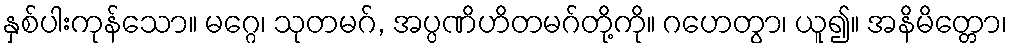
နှစ်ပါးကုန်သော။ မဂ္ဂေ၊ သုတမဂ်, အပ္ပဏိဟိတမဂ်တို့ကို။ ဂဟေတွာ၊ ယူ၍။ အနိမိတ္တော၊